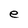
Character: e